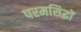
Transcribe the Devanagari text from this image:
परमसिद्धों